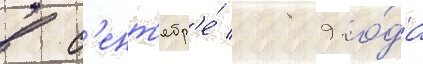
в с'ент'ябр'е́ 1989 го́да